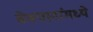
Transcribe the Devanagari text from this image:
वेबपानांमध्ये